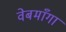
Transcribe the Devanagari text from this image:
वेबमाँगा